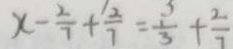
x - \frac { 2 } { 7 } + \frac { 1 2 } { 7 } = \frac { 1 } { 3 } + \frac { 2 } { 7 }